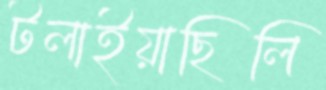
টলাইয়াছিলি